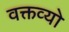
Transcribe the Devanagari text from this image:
वक्तव्यो